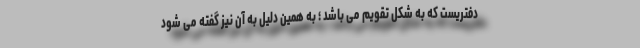
دفتریست که به شکل تقویم می باشد ؛ به همین دلیل به آن نیز گفته می شود